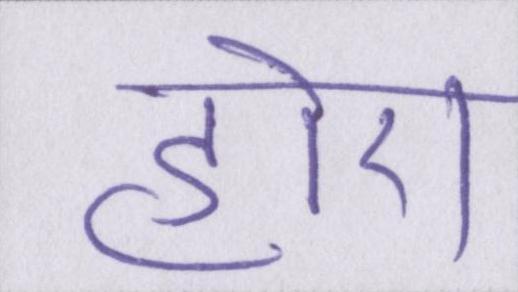
होए